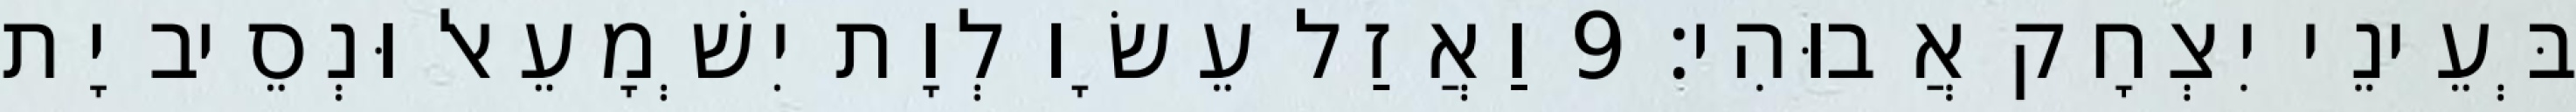
בְּעֵינֵי יִצְחָק אֲבוּהִי׃ 9 וַאֲזַל עֵשָׂו לְוָת יִשְׁמָעֵאל וּנְסֵיב יָת